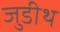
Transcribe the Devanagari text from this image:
जुडीथ